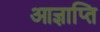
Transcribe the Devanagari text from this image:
आज्ञाप्ति